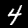
Digit: 4